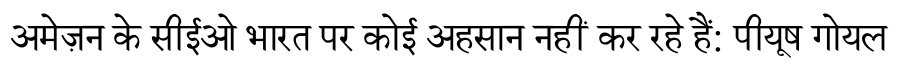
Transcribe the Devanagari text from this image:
अमेज़न के सीईओ भारत पर कोई अहसान नहीं कर रहे हैं: पीयूष गोयल